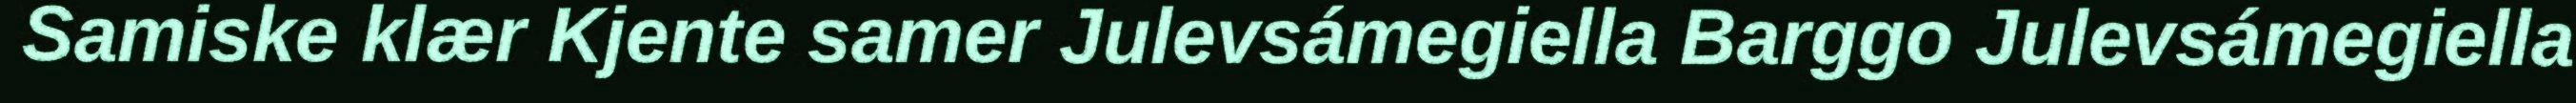
Samiske klær Kjente samer Julevsámegiella Barggo Julevsámegiella